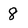
Character: 8